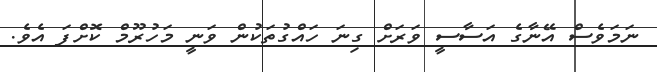
ނަަމަވެސް އޭނާގެ އަސާސީ ވަރަށް ގިނަ ހައްގުތަކުން ވަނީ މަހުރޫމް ކޮށްފަ އެވެ.